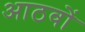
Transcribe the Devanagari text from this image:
आठवों